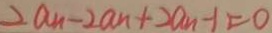
> a _ { n } - 2 a n + 2 a _ { n - 1 } = 0